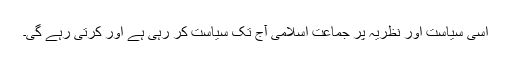
اسی سیاست اور نظریہ پر جماعت اسلامی آج تک سیاست کر رہی ہے اور کرتی رہے گی۔